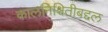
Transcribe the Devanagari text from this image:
कालनिश्चितीबद्दल